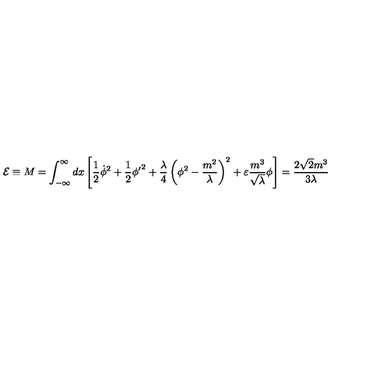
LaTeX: { \cal E } \equiv M = \int _ { - \infty } ^ { \infty } d x \left[ \frac { 1 } { 2 } { \dot { \phi } } ^ { 2 } + \frac { 1 } { 2 } { { \phi } ^ { \prime } } ^ { 2 } + \frac { \lambda } { 4 } \left( \phi ^ { 2 } - \frac { m ^ { 2 } } { \lambda } \right) ^ { 2 } + \varepsilon \frac { m ^ { 3 } } { \sqrt \lambda } \phi \right] = \frac { 2 { \sqrt 2 } m ^ { 3 } } { 3 \lambda }